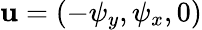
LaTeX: \textbf{u}=(-\psi_{y},\psi_{x},0)